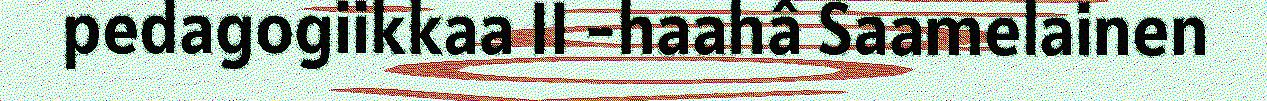
pedagogiikkaa II -haahâ Saamelainen